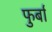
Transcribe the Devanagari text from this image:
फुर्बा